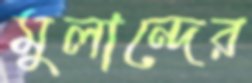
মুলান্দের